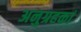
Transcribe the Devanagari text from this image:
अनुग्रहकां